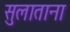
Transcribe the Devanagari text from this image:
सुलाताना